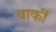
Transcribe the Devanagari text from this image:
वार्की